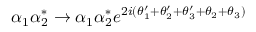
\alpha _ { 1 } \alpha _ { 2 } ^ { * } \rightarrow \alpha _ { 1 } \alpha _ { 2 } ^ { * } e ^ { 2 i ( \theta _ { 1 } ^ { \prime } + \theta _ { 2 } ^ { \prime } + \theta _ { 3 } ^ { \prime } + \theta _ { 2 } + \theta _ { 3 } ) }